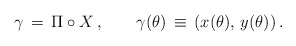
\begin{align*}\gamma\,=\,\Pi\circ X\,,\qquad\gamma(\theta) \,\equiv\, \left(x(\theta),\, y(\theta)\right).\end{align*}